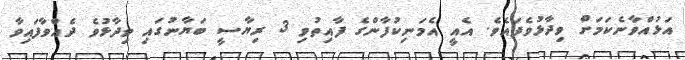
އަޅުއްވާނެކަމަށް ވިދާޅުވެފައެވެ. އެއީ އެމަނިކުފާންގެ ފާއިތުވި 3 ރިޔާސީ ބަޔާނުގައި ވިދާޅުވެ ދެއްވާފައިވާ